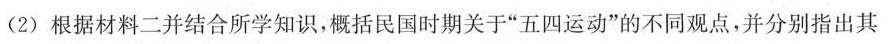
(2)根据材料二并结合所学知识，概括民国时期关于”五四运动”的不同观点，并分别指出其